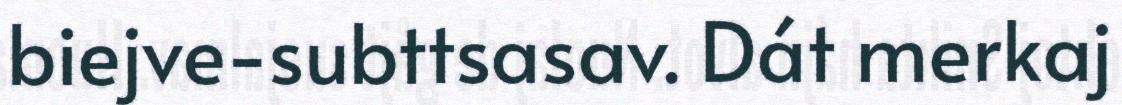
biejve-subttsasav. Dát merkaj